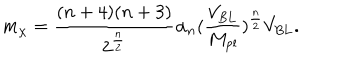
m _ { \chi } = \frac { ( n + 4 ) ( n + 3 ) } { 2 ^ { \frac { n } { 2 } } } \alpha _ { n } ( \frac { V _ { \mathrm { B L } } } { M _ { \mathrm { p l } } } ) ^ { \frac { n } { 2 } } V _ { \mathrm { B L } } .